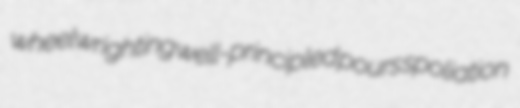
wheelwrighting well-principled pours spoliation